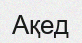
Ақед